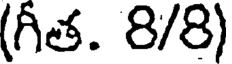
(గీత. 8/8)